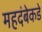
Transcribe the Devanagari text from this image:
महदंबेकडे